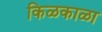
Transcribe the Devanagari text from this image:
किळकाळा